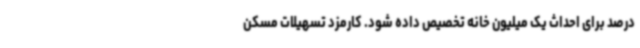
درصد برای احداث یک میلیون خانه تخصیص داده شود. کارمزد تسهیلات مسکن